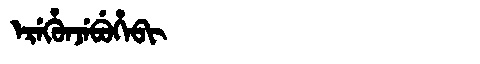
Manchu: ᡝᡵᡝᡥᡠᠨᠵᡝᠪᡠᡥᡝᠪᡳ
Romanization: EREHUNJEBUHEBI